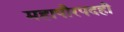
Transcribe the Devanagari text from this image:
महापौरपदही